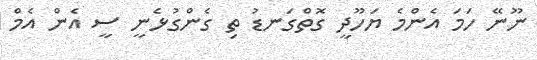
ނޫނޭ ހަމަ އެންމެ ޔަހޫދީ ގޮތްގަނޑު ތި ގެންގުޅެނީ ސީ އެން އެމް